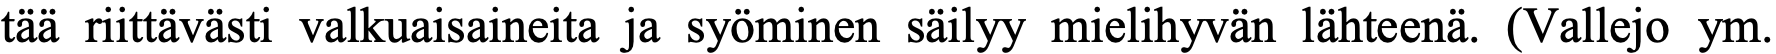
tää riittävästi valkuaisaineita ja syöminen säilyy mielihyvän lähteenä. (Vallejo ym.